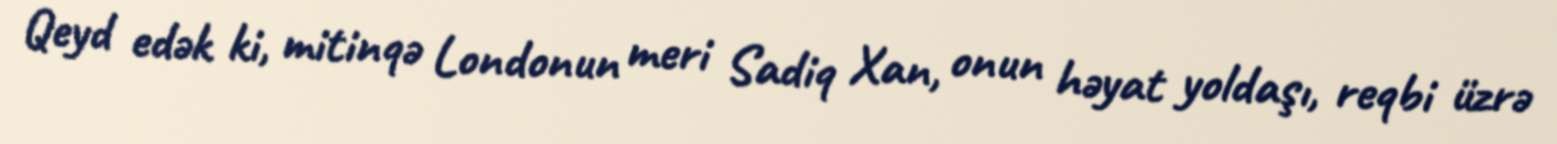
Qeyd edək ki, mitinqə Londonun meri Sadiq Xan, onun həyat yoldaşı, reqbi üzrə